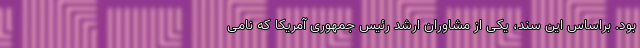
بود. براساس این سند، یکی از مشاوران ارشد رئیس جمهوری آمریکا که نامی